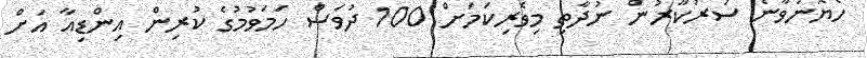
ހެޔޮނުވާނެ ސަރުކާރުން ނުދާތި މިވެރިކަމަށް 100 ދުވަސް ހަމަވުމުގެ ކުރިން އިންޑިއާ އަށް